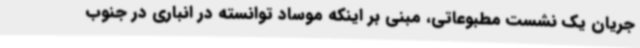
جریان یک نشست مطبوعاتی، مبنی بر اینکه موساد توانسته در انباری در جنوب